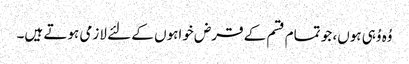
وُہ وُہی ہوں، جو تمام قسم کے قرض خواہوں کے لئے لازمی ہوتے ہیں۔